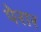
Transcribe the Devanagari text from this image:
पेरार